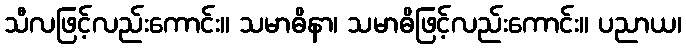
သီလဖြင့်လည်းကောင်း။ သမာဓိနာ၊ သမာဓိဖြင့်လည်းကောင်း။ ပညာယ၊